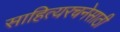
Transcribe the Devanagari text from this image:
साहित्यरचनेसाठी